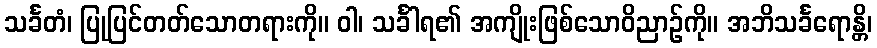
သင်္ခတံ၊ ပြုပြင်တတ်သောတရားကို။ ဝါ၊ သင်္ခါရ၏ အကျိုးဖြစ်သောဝိညာဉ်ကို။ အဘိသင်္ခရောန္တိ၊